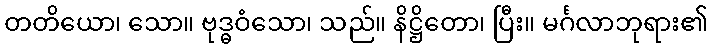
တတိယော၊ သော။ ဗုဒ္ဓဝံသော၊ သည်။ နိဋ္ဌိတော၊ ပြီး။ မင်္ဂလာဘုရား၏